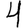
Digit: 4